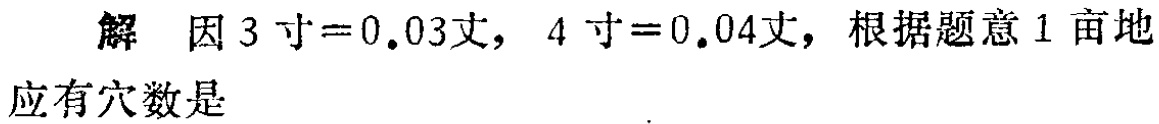
解 因 \(3\) 寸\( = 0.03\)丈，\(4\) 寸\( = 0.04\)丈，根据题意 \(1\) 亩地应有穴数是